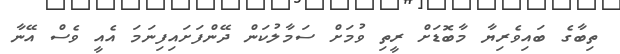
ތިބާގެ ބައިވެރިޔާ މާބޮޑަށް ރީތި ވުމަށް ސަމާލުކަން ދޭންފަށައިފިނަމަ އެއީ ވެސް އޭނާ